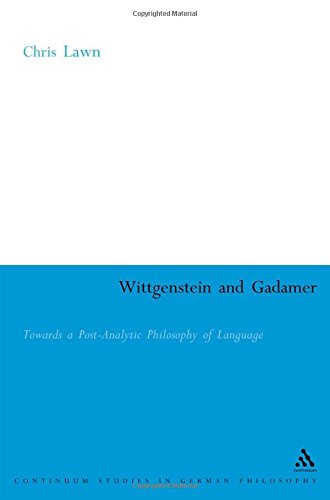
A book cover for Wittgenstein and Gadamer: Towards a Post-Analytic Philosophy of Language (Continuum Studies in British Philosophy); Chris Lawn; Politics & Social Sciences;